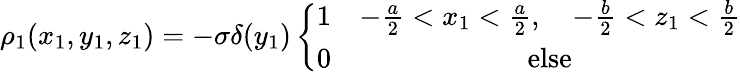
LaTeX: \rho_{1}(x_{1},y_{1},z_{1})=-\sigma\delta(y_{1})\left\{ \begin{array}{cc}{1}&{-\frac{a}{2}<x_{1}<\frac{a}{2},\quad-\frac{b}{2}<z_{1}<\frac{b}{2}}\\ {0}&{\mathrm{else}}\end{array}\right.